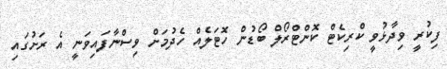
ފިކުރީ ވިދާޅުވީ ކްރިކެޓް ކޮންޓްރޯލް ބޯޑުން ހޮޓަލެއް ހެދުމަށް ވިސްނާފައިވަނީ އެ ރަށުގައި